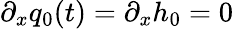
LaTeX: \partial_{x}q_{0}(t)=\partial_{x}h_{0}=0